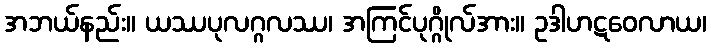
အဘယ်နည်း။ ယဿပုလဂ္ဂလဿ၊ အကြင်ပုဂ္ဂိုလ်အား။ ဥဒါဟဋဝေလာယ၊